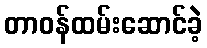
တာဝန်ထမ်းဆောင်ခဲ့